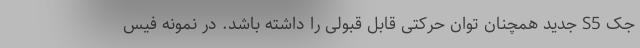
جک S5 جدید همچنان توان حرکتی قابل قبولی را داشته باشد. در نمونه فیس